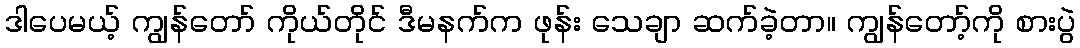
ဒါပေမယ့် ကျွန်တော် ကိုယ်တိုင် ဒီမနက်က ဖုန်း သေချာ ဆက်ခဲ့တာ။ ကျွန်တော့်ကို စားပွဲ